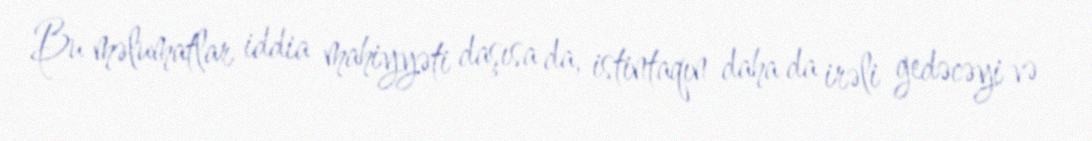
Bu məlumatlar iddia mahiyyəti daşısa da, istintaqın daha da irəli gedəcəyi və